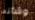
وشأنه